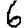
Digit: 6